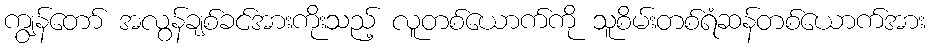
ကျွန်တော် အလွန်ချစ်ခင်အားကိုးသည့် လူတစ်ယောက်ကို သူစိမ်းတစ်ရံဆန်တစ်ယောက်အား